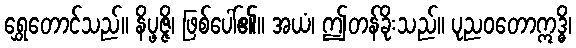
ရွှေတောင်သည်။ နိပ္ဖဇ္ဇိ၊ ဖြစ်ပေါ်၏။ အယံ၊ ဤတန်ခိုးသည်။ ပုညဝတောဣဒ္ဓိ၊